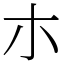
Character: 朩